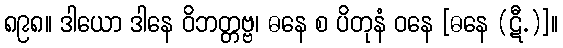
၈၉၈။ ဒါယော ဒါနေ ဝိဘတ္တဗ္ဗ၊ ဓနေ စ ပိတုနံ ဝနေ [ဓနေ (ဋီ.)]။